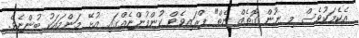
އެކެމަކުވެސް މި ނޫން ގޮތެެއް ނެތް" ޕްރައިވެޓް ކުންފުންޏެއްގައި އުޅޭ މަންމައަކު ބުންޏެވެ.